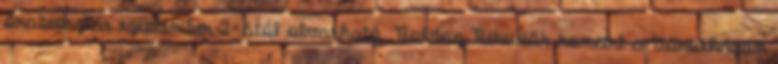
órabeosztás szeptember 2-ától olvasható. Boldog Békeidők koncert a Városházán